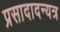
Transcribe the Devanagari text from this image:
प्रसादादन्यत्र